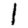
Digit: 1